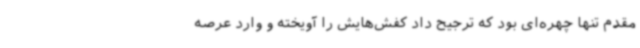
مقدم تنها چهره‌ای بود که ترجیح داد کفش‌هایش را آویخته و وارد عرصه